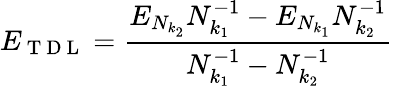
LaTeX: E_{\mathrm{~T~D~L~}}=\frac{E_{N_{k_{2}}}N_{k_{1}}^{-1}-E_{N_{k_{1}}}N_{k_{2}}^{-1}}{N_{k_{1}}^{-1}-N_{k_{2}}^{-1}}